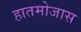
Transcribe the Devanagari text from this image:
हातमोजास